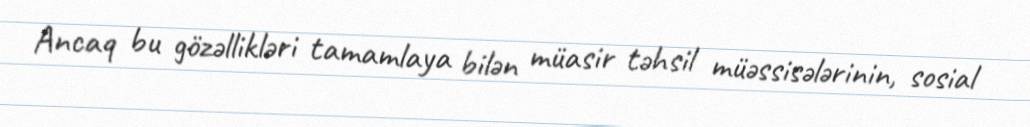
Ancaq bu gözəllikləri tamamlaya bilən müasir təhsil müəssisələrinin, sosial